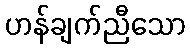
ဟန်ချက်ညီသော